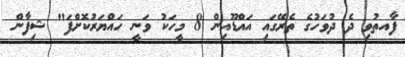
ފާއތުވި ދެ ދުވަހުގެ ތެރޭގައި އައްޑޫއިން 8 މީހަކު ވަނީ ހައްޔަރުކޮށްފަ" ޝިފާން